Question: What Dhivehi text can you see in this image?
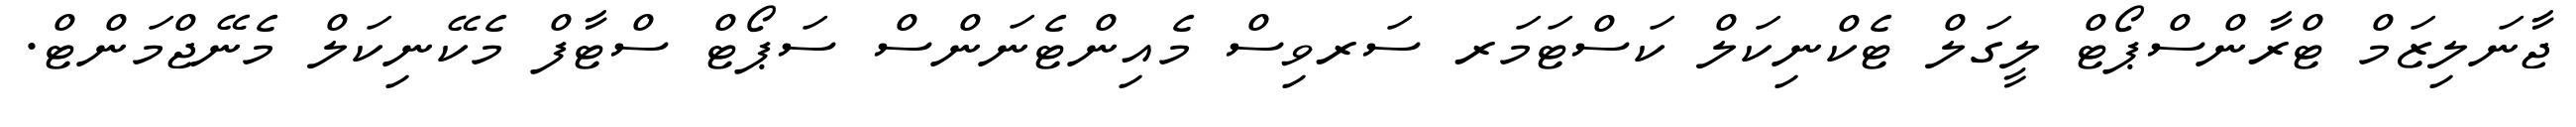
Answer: ޖާނަލިޒަމް ޓްރާންސްޕޯޓް ލީގަލް ޓެކްނިކަލް ކަސްޓަމަރ ސަރވިސް މެއިންޓެނަންސް ސަޕޯޓް ސްޓާފް މެކޭނިކަލް މެނޭޖްމަންޓް.